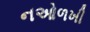
નઓળખી